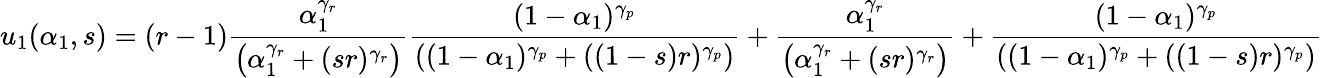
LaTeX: u_{1}(\alpha_{1},s)=(r-1)\frac{\alpha_{1}^{\gamma_{r}}}{\left(\alpha_{1}^{\gamma_{r}}+(sr)^{\gamma_{r}}\right)}\frac{(1-\alpha_{1})^{\gamma_{p}}}{\left((1-\alpha_{1})^{\gamma_{p}}+((1-s)r)^{\gamma_{p}}\right)}+\frac{\alpha_{1}^{\gamma_{r}}}{\left(\alpha_{1}^{\gamma_{r}}+(sr)^{\gamma_{r}}\right)}+\frac{(1-\alpha_{1})^{\gamma_{p}}}{\left((1-\alpha_{1})^{\gamma_{p}}+((1-s)r)^{\gamma_{p}}\right)}